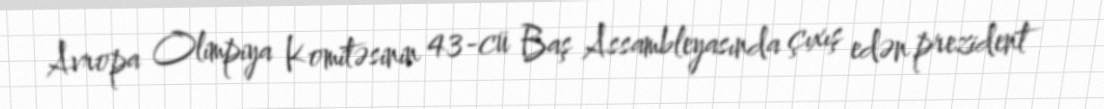
Avropa Olimpiya Komitəsinin 43-cü Baş Assambleyasında çıxış edən prezident